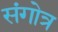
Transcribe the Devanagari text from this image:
संगोत्र